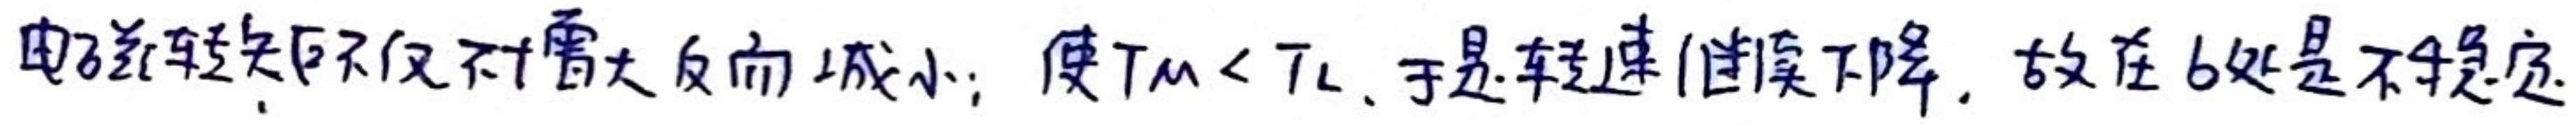
电磁转矩不仅不增大反而减小；使$T_{M}<T_{L}$,于是转速迅速下降，故在b处是不稳定